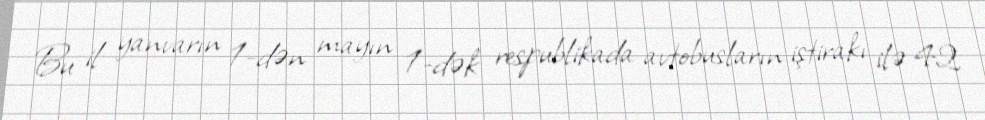
Bu il yanvarın 1-dən mayın 1-dək respublikada avtobusların iştirakı ilə 42